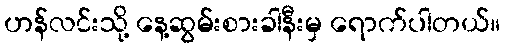
ဟန်လင်းသို့ နေ့ဆွမ်းစားခါနီးမှ ရောက်ပါတယ်။